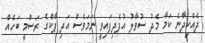
ދެއްކިދާނެ ކަމާ މެދު ސުވާލު އުފެދިފައިވީ ނަމަވެސް އަދި ޕާކްގެ ރަސްމީ ބަހެއް